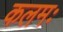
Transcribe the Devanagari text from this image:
कलमः